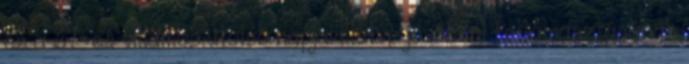
és a 67-es villamos utolsó napjai illetve jövőbeni feltámasztásának